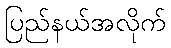
ပြည်နယ်အလိုက်